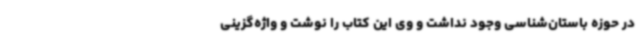
در حوزه باستان‌شناسی وجود نداشت و وی این کتاب را نوشت و واژه‌گزینی